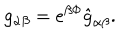
LaTeX: g _ { \alpha \beta } = e ^ { \beta \Phi } \hat { g } _ { \alpha \beta } .